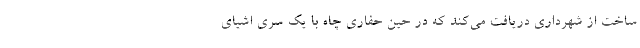
ساخت از شهرداری دریافت می‌کند که در حین حفاری چاه با یک سری اشیای